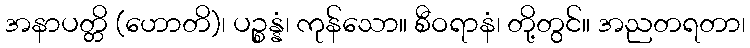
အနာပတ္တိ (ဟောတိ)၊ ပဉ္စန္နံ၊ ကုန်သော။ စီဝရာနံ၊ တို့တွင်။ အညတရတာ၊